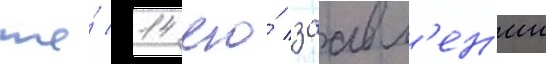
же́ 14 его́ заавл'ен'ии